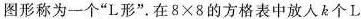
图形称为一个“L形”。在$$8 \times 8$$的方格表中放人k个L